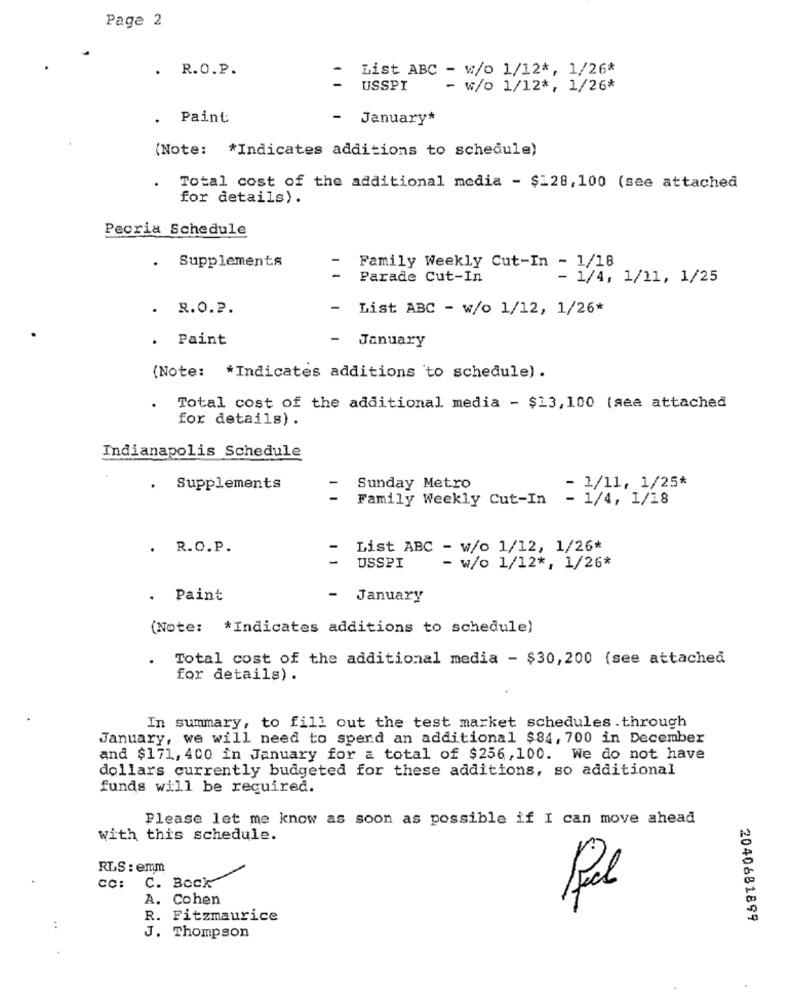
Page 2
. R.O.P.
List ABC - w/o 1/12 *, 1/26*
USSPI
- w/o 1/12 *, 1/26*
. Paint
-
January*
(Note: * Indicates additions to schedule)
.
Total cost of the additional media - $128, 100 (see attached
for details).
Peoria Schedule
. Supplements
Family Weekly Cut-In - 1/18
Parade Cut-In
- 1/4, 1/11, 1/25
. R.O.2.
-
List ABC - w/o 1/12, 1/26*
. Paint
-
January
(Note: * Indicates additions to schedule) .
Total cost of the additional media - $13, 100 (see attached
for details) .
Indianapolis Schedule
Supplements
Sunday Metro
- 1/11, 1/25*
Family Weekly Cut-In
- 1/4, 1/18
.
R.O.P.
List ABC - w/o 1/12, 1/26*
USSPI
- w/o 1/12 *, 1/26*
.
Paint
-
January
(Note: * Indicates additions to schedule)
Total cost of the additional media - $30,200 (see attached
for details) .
In summary, to fill out the test market schedules .through
January, we will need to spend an additional $84, 700 in December
and $171, 400 in January for a total of $256, 100. We do not have
dollars currently budgeted for these additions, so additional
funds will be required.
Please let me know as soon as possible if I can move ahead
with this schedule.
RLS : emm
CC:
C. Bock
A. Cohen
Pal
R. Fitzmaurice
2040681899
..
J. Thompson